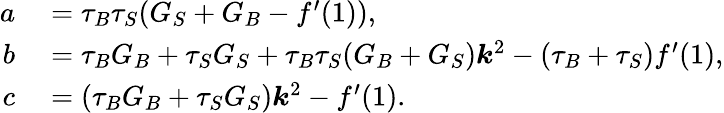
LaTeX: \begin{array}{rl}{a}&{{}=\tau_{B}\tau_{S}(G_{S}+G_{B}-f^{\prime}(1)),}\\ {b}&{{}=\tau_{B}G_{B}+\tau_{S}G_{S}+\tau_{B}\tau_{S}(G_{B}+G_{S})\boldsymbol{k}^{2}-(\tau_{B}+\tau_{S})f^{\prime}(1),}\\ {c}&{{}=(\tau_{B}G_{B}+\tau_{S}G_{S})\boldsymbol{k}^{2}-f^{\prime}(1).}\end{array}